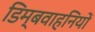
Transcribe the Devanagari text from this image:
डिम्बवाहनियों